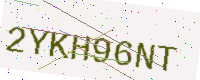
Text: 2YKH96NT